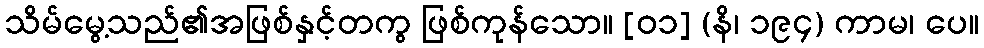
သိမ်မွေ့သည်၏အဖြစ်နှင့်တကွ ဖြစ်ကုန်သော။ [၀၁] (နိ၊ ၁၉၄) ကာမ၊ ပေ။